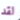
لقد